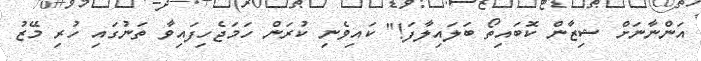
އަންނާނަށް ޝިޒާން ކޮބައިތޯ ބަލައިލާފަ!" ކައިވެނި ކުރަން ހަމަޖެހިފައިވާ ތަނުގައި ހުރި މޭޒު